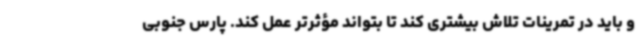
و باید در تمرینات تلاش بیشتری کند تا بتواند مؤثرتر عمل کند. پارس جنوبی